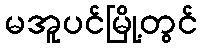
မအူပင်မြို့တွင်